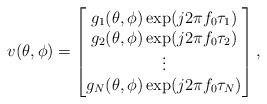
LaTeX: \begin{align*}v(\theta ,\phi )=\left[ \begin{matrix} {{g}_{1}}(\theta ,\phi )\exp (j2\pi {{f}_{0}}{{\tau }_{1}}) \\ {{g}_{2}}(\theta ,\phi )\exp (j2\pi {{f}_{0}}{{\tau }_{2}}) \\ \vdots \\ {{g}_{N}}(\theta ,\phi )\exp (j2\pi {{f}_{0}}{{\tau }_{N}}) \\\end{matrix} \right],\end{align*}